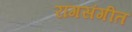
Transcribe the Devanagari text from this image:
रागसंगीत